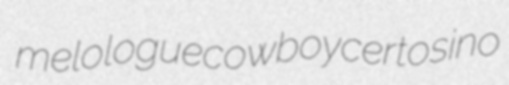
melologue cowboy certosino